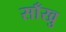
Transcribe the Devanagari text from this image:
साँखु